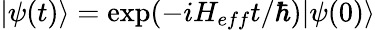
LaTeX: |\psi(t)\rangle=\exp(-iH_{eff}t/\hbar)|\psi(0)\rangle